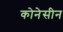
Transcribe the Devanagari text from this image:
कोनेसीन